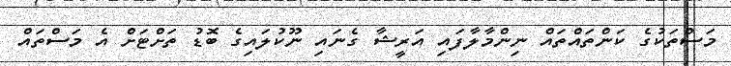
މަސްތަކުގެ ކަންތައްތައް ނިންމާލާފައި އަރީޝާ ގެނައި ނޫކުލައިގެ ބޮޑު ތަށްޓަށް އެ މަސްތައް